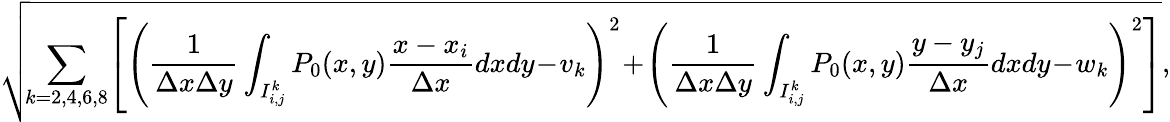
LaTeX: \sqrt{\! \sum_{k=2,4,6,8}\! \left[\left(\frac{1}{\Delta x\Delta y}\int_{I_{i,j}^{k}}P_{0}(x,y)\frac{x-x_{i}}{\Delta x}dxdy\! -\! v_{k}\right)^{2}\! +\! \left(\frac{1}{\Delta x\Delta y}\int_{I_{i,j}^{k}}P_{0}(x,y)\frac{y-y_{j}}{\Delta x}dxdy\! -\! w_{k}\right)^{2}\right]},